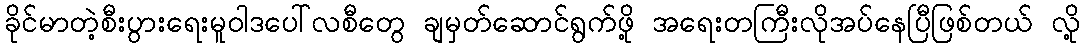
ခိုင်မာတဲ့စီးပွားရေးမူဝါဒပေါ်လစီတွေ ချမှတ်ဆောင်ရွက်ဖို့ အရေးတကြီးလိုအပ်နေပြီဖြစ်တယ် လို့